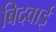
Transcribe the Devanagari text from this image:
बिदवाई